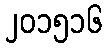
၂၀၁၅၁၆